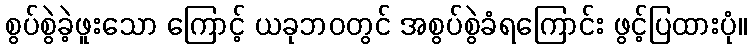
စွပ်စွဲခဲ့ဖူးသော ကြောင့် ယခုဘဝတွင် အစွပ်စွဲခံရကြောင်း ဖွင့်ပြထားပုံ။